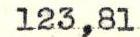
123,81